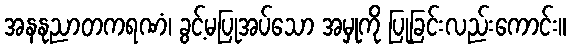
အနနုညာတကရဏံ၊ ခွင့်မပြုအပ်သော အမှုကို ပြုခြင်းလည်းကောင်း။